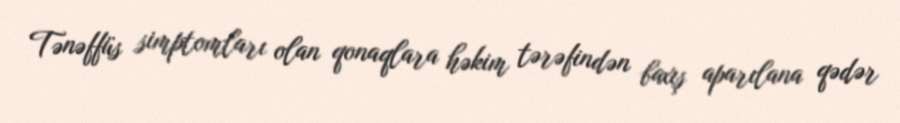
Tənəffüs simptomları olan qonaqlara həkim tərəfindən baxış aparılana qədər